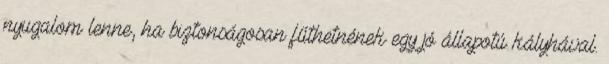
nyugalom lenne, ha biztonságosan fűthetnének egy jó állapotú kályhával.